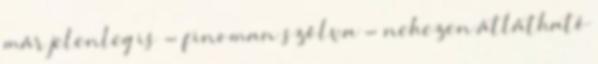
már jelenleg is - finoman szólva - nehezen átlátható